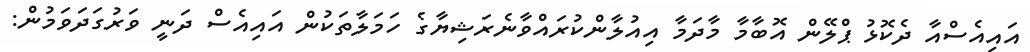
އައިއެސްއާ ދެކޮޅު ޕްލޭން އޮބާމާ މާދަމާ އިއުލާންކުރައްވާނެރަޝިޔާގެ ހަމަލާތަކުން އައިއެެސް ދަނީ ވަރުގަދަވަމުން: